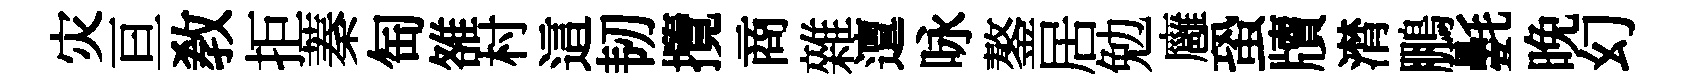
灾亘教拒蓁匋雒村這韧攬商雜邅咏鏊居勉廱蛩牘潸鵬氎晚幻